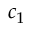
c _ { 1 }